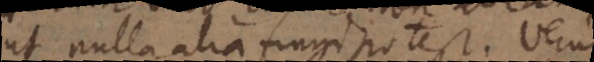
ut nulla alia fingi pote